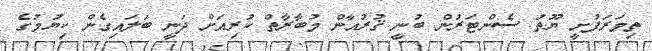
ތިމަރަފުށީ ޔޫތު ސެންޓަރުން ބުނީ ޤުރުއާން މުބާރާތް ކުރިއަށް ދަނީ ބަލައިގެން ކިޔުމުގެ